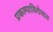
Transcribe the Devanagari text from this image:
प्रकल्पाविरोधात